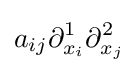
a_{ij}\partial _{x_{i}}^{1}\partial _{x_{j}}^{2}